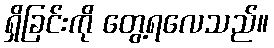
ရှိခြင်းကို တွေ့ရလေသည်။